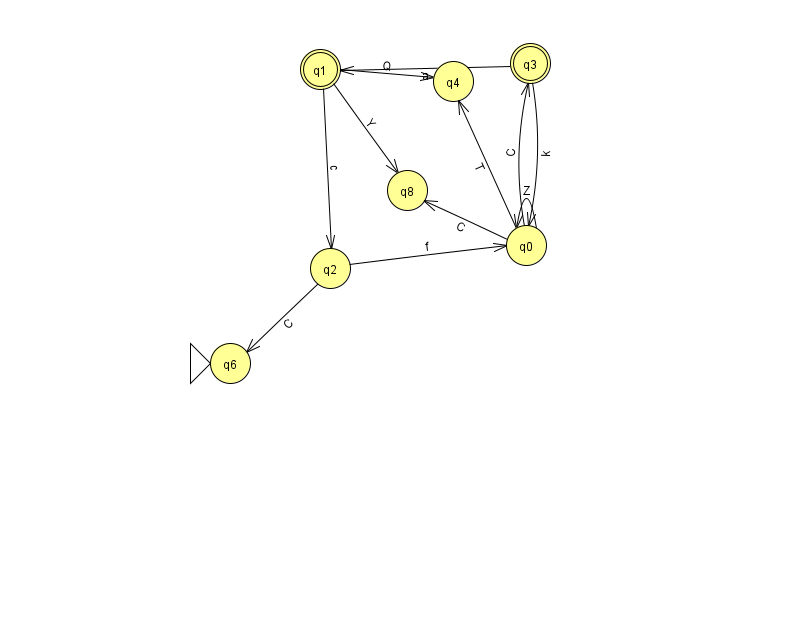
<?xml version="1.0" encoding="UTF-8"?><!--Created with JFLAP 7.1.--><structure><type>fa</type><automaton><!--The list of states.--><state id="0" name="q0"><x>526.0</x><y>232.0</y></state><state id="1" name="q1"><x>320.0</x><y>56.0</y><final/></state><state id="2" name="q2"><x>330.0</x><y>255.0</y></state><state id="3" name="q3"><x>530.0</x><y>50.0</y><final/></state><state id="4" name="q4"><x>453.0</x><y>68.0</y></state><state id="6" name="q6"><x>230.0</x><y>350.0</y><initial/></state><state id="8" name="q8"><x>407.0</x><y>177.0</y></state><!--The list of transitions.--><transition><from>0</from><to>8</to><read>C</read></transition><transition><from>3</from><to>0</to><read>k</read></transition><transition><from>2</from><to>6</to><read>C</read></transition><transition><from>1</from><to>2</to><read>c</read></transition><transition><from>1</from><to>8</to><read>Y</read></transition><transition><from>0</from><to>0</to><read>Z</read></transition><transition><from>1</from><to>4</to><read>Q</read></transition><transition><from>2</from><to>0</to><read>f</read></transition><transition><from>0</from><to>3</to><read>C</read></transition><transition><from>0</from><to>4</to><read>T</read></transition><transition><from>3</from><to>1</to><read>a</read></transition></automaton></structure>